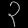
Digit: ၃